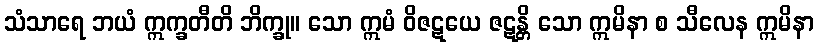
သံသာရေ ဘယံ ဣက္ခတီတိ ဘိက္ခု။ သော ဣမံ ဝိဇဋယေ ဇဋန္တိ သော ဣမိနာ စ သီလေန ဣမိနာ